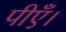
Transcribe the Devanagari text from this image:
पीएँ।